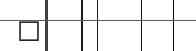
٥